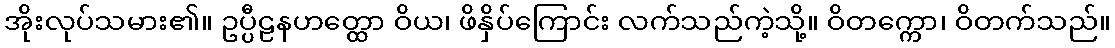
အိုးလုပ်သမား၏။ ဥပ္ပီဠနဟတ္ထော ဝိယ၊ ဖိနှိပ်ကြောင်း လက်သည်ကဲ့သို့။ ဝိတက္ကော၊ ဝိတက်သည်။